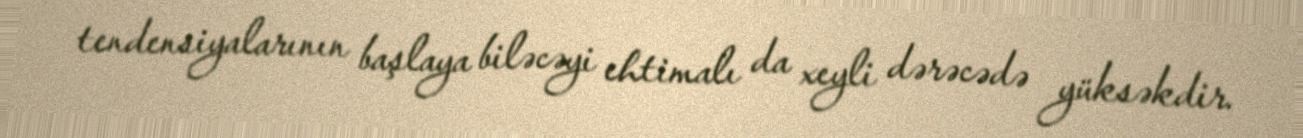
tendensiyalarının başlaya biləcəyi ehtimalı da xeyli dərəcədə yüksəkdir.